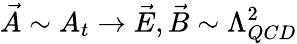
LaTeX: \vec{A}\sim A_{t}\rightarrow\vec{E},\vec{B}\sim\Lambda_{QCD}^{2}